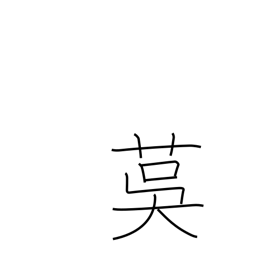
Meaning: matting